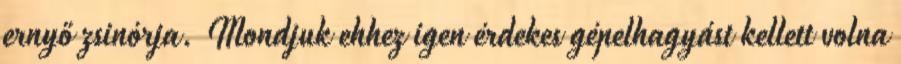
ernyő zsinórja. Mondjuk ehhez igen érdekes gépelhagyást kellett volna